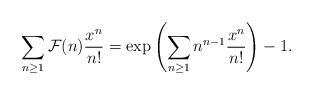
\begin{gather*}\sum_{n \ge 1} {\cal{F}}(n) \frac{x^n}{n !} =\exp \left( \sum_{n \ge 1}n^{n-1} \frac{x^n}{n !} \right) -1.\end{gather*}